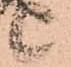
候